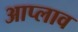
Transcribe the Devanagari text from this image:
आप्लाव